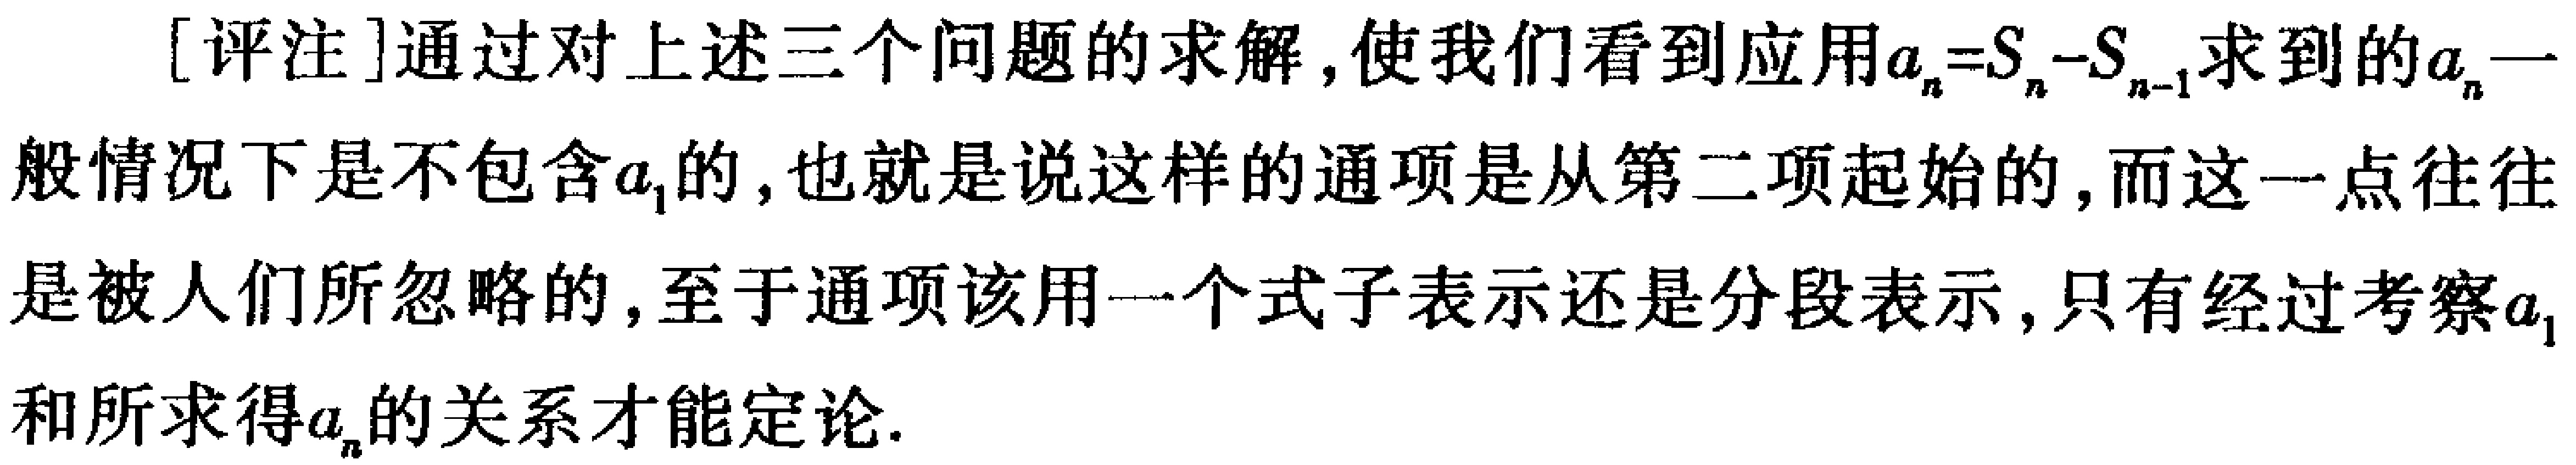
[评注]通过对上述三个问题的求解,使我们看到应用\(a_{n}=S_{n}-S_{n - 1}\)求到的\(a_{n}\)一般情况下是不包含\(a_{1}\)的,也就是说这样的通项是从第二项起始的,而这一点往往是被人们所忽略的,至于通项该用一个式子表示还是分段表示,只有经过考察\(a_{1}\)和所求得\(a_{n}\)的关系才能定论.